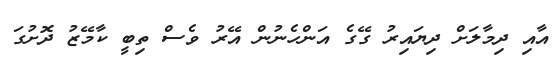
އާއި ދިމާލަށް ދިޔައިރު ގޭގެ އަންހެނުން އޭރު ވެސް ތިބީ ކާމޭޒު ދޮށުގަ